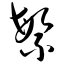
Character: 繁